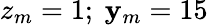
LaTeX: z_{m}=1;~\mathbf{y}_{m}=15